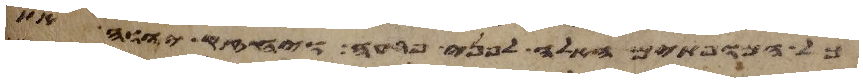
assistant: כל המופתים האלה לפני פרעה ויחזק יהוה את